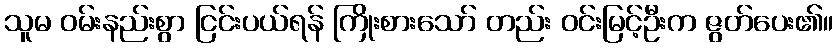
သူမ ဝမ်းနည်းစွာ ငြင်းပယ်ရန် ကြိုးစားသော် တည်း ဝင်းမြင့်ဦးက ဇွတ်ပေး၏။